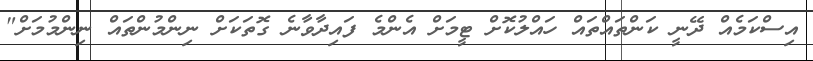
އިސްކަމެއް ދޭނީ ކަންތައްތައް ހައްލުކޮށް ޓީމަށް އެންމެ ފައިދާވާނެ ގޮތަކަށް ނިންމުންތައް ނިންމުމަށް"